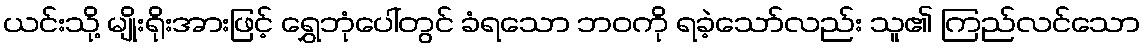
ယင်းသို့ မျိုးရိုးအားဖြင့် ရွှေဘုံပေါ်တွင် ခံရသော ဘဝကို ရခဲ့သော်လည်း သူ၏ ကြည်လင်သော